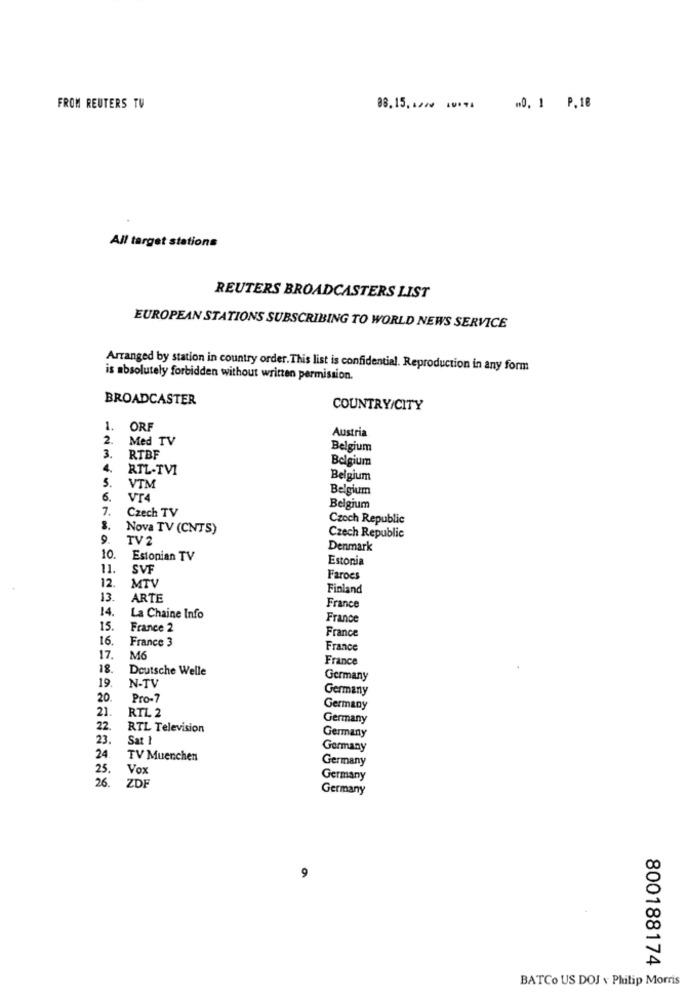
FROM REUTERS TV
88.15,1z .. ..... 0, 1 P.18
All target stations
REUTERS BROADCASTERS LIST
EUROPEAN STATIONS SUBSCRIBING TO WORLD NEWS SERVICE
Arranged by station in country order. This list is confidential. Reproduction in any form
is absolutely forbidden without written permission.
BROADCASTER
COUNTRY/CITY
1. ORF
Austria
2.
Med TV
Belgium
3.
RTBF
Belgium
4.
RTL-TVI
5.
Belgium
VTM
Belgium
6.
VT4
7.
Czech TV
Belgium
Czech Republic
8.
Nova TV (CNTS)
9.
TV2
Czech Republic
10
Denmark
Estonian TV
Estonia
11.
SVF
12.
MTV
Faroes
Finland
13.
ARTE
14.
France
La Chaine Info
France
15.
France 2
France
16.
France 3
France
17.
M6
France
18
Deutsche Welle
19.
Germany
N-TV
Germany
20
Pro-7
21.
RTL 2
Germany
Germany
22.
RTL Television
23.
Sat 1
Germany
Germany
24.
TV Muenchen
Germany
25
Vox
26
Germany
ZDF
Germany
800188174
BATCo US DOJ v Philip Morris